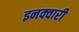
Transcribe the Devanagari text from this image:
इनक्वारी